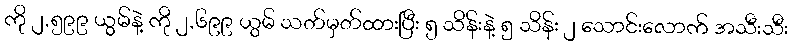
ကို ၂,၅၉၉ ယွမ်နဲ့ ကို ၂,၆၉၉ ယွမ် သတ်မှတ်ထားပြီး ၅ သိန်းနဲ့ ၅ သိန်း ၂ သောင်းလောက် အသီးသီး